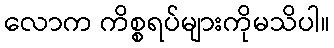
လောက ကိစ္စရပ်များကိုမသိပါ။